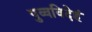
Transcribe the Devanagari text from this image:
पुव्वविदेहं